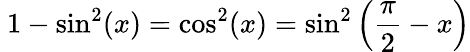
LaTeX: \ 1-\sin^{2}(x)=\cos^{2}(x)=\sin^{2}\left({\frac{\pi}{2}}-x\right)